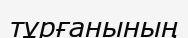
тұрғанының